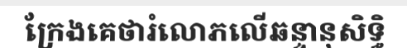
ក្រែងគេថារំលោភលើឆន្ទានុសិទ្ធិ